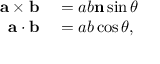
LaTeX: \begin{array} { r l } { \mathbf { a } \times \mathbf { b } } & { { } = a b \mathbf { n } \sin { \theta } } \\ { \mathbf { a } \cdot \mathbf { b } } & { { } = a b \cos { \theta } , } \end{array}